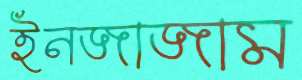
ইনজাজাম